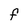
Character: F